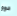
دوو